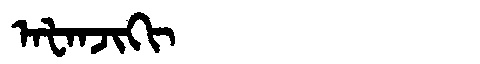
Manchu: ᠠᡶᠠᠨᠵᡳᡴᡳ
Romanization: AFANJIKI